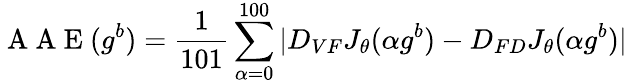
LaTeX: \mathrm{~A~A~E~}(g^{b})=\frac{1}{101}\sum_{\alpha=0}^{100}|D_{VF}J_{\theta}(\alpha g^{b})-D_{FD}J_{\theta}(\alpha g^{b})|